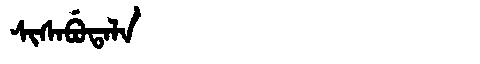
Manchu: ᠰᡳᠰᠠᠪᡠᡨᠠᠯᠠ
Romanization: SISABUTALA